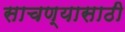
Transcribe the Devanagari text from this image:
साचण्यासाठी